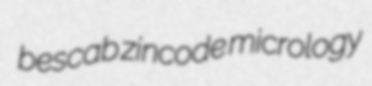
bescab zincode micrology